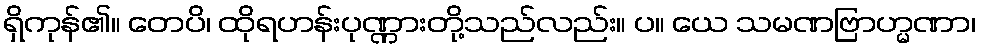
ရှိကုန်၏။ တေပိ၊ ထိုရဟန်းပုဏ္ဏားတို့သည်လည်း။ ပ။ ယေ သမဏဗြာဟ္မဏာ၊